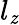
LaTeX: l_{\mathit{z}}